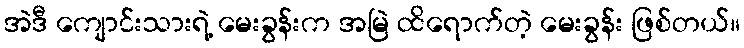
အဲဒီ ကျောင်းသားရဲ့ မေးခွန်းက အမြဲ ထိရောက်တဲ့ မေးခွန်း ဖြစ်တယ်။